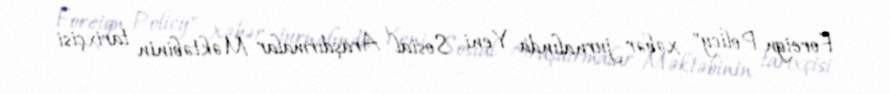
Foreign Policy" xəbər jurnalında Yeni Sosial Araşdırmalar Məktəbinin tarixçisi